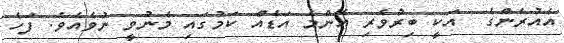
އެއުރެންގެ  އަކީ ބިރުވެރި އެންމެ އަޑެއް ކަމުގައި މެނުވީ ނުވެއެވެ. ފަހެ